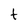
Character: t